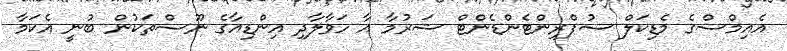
އެއިމްސްގެ މެޑިކަލް ސުޕްރިންޓެންޑެންޓް ޝަރުމާ އާ ހަވާލާދި އިންޑިއާގެ ނޫސްތަކުން ބުނީ އެކަމާ